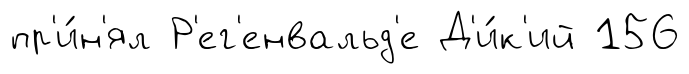
пр'и́н'ял Р'ег'енвальд'е Д'и́к'ий 156